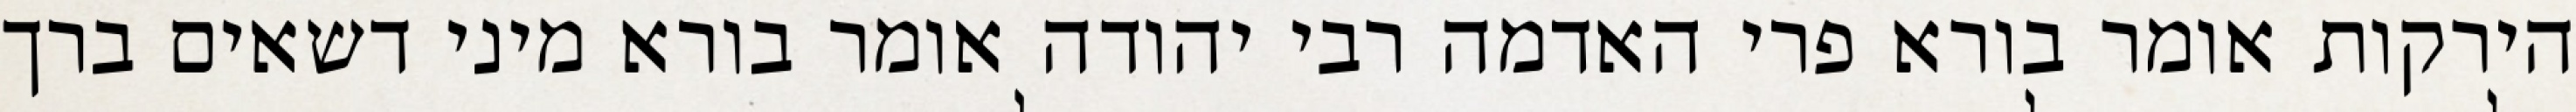
הירקות אומר בורא פרי האדמה רבי יהודה אומר בורא מיני דשאים ברך